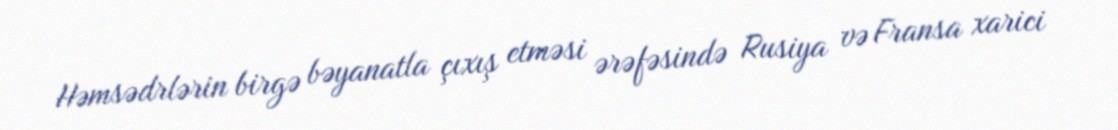
Həmsədrlərin birgə bəyanatla çıxış etməsi ərəfəsində Rusiya və Fransa xarici